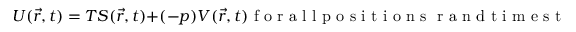
U ( \vec { r } , t ) = T S ( \vec { r } , t ) + ( - p ) V ( \vec { r } , t ) \mathrm { ~ f ~ o ~ r ~ a ~ l ~ l ~ p ~ o ~ s ~ i ~ t ~ i ~ o ~ n ~ s ~ \vec { ~ } r ~ a ~ n ~ d ~ t ~ i ~ m ~ e ~ s ~ t ~ } .